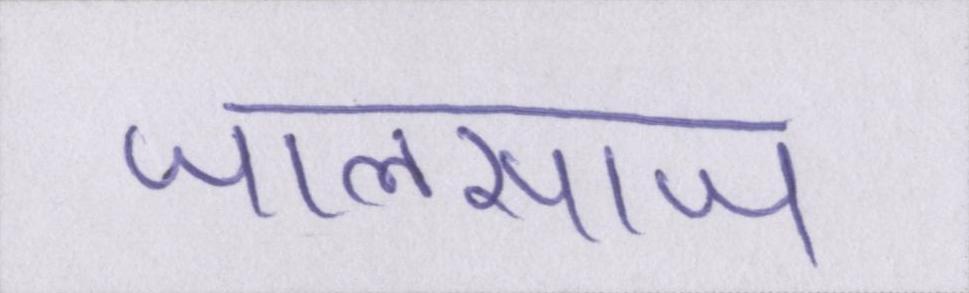
जालसाज